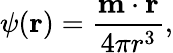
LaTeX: \psi({\mathbf{r}})={\frac{{\mathbf{m}}\cdot{\mathbf{r}}}{4\pi r^{3}}},